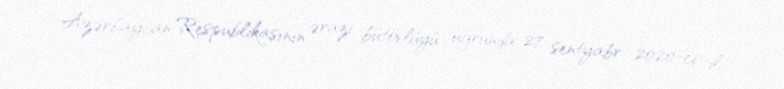
Azərbaycan Respublikasının ərazi bütövlüyü uğrunda 27 sentyabr 2020-ci il